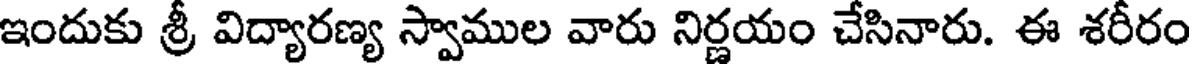
ఇందుకు శ్రీ విద్యారణ్య స్వాముల వారు నిర్ణయం చేసినారు. ఈ శరీరం